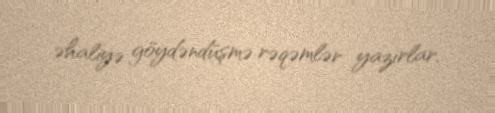
əhaliyə göydəndüşmə rəqəmlər yazırlar.